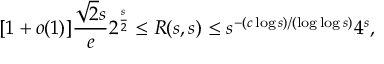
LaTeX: [ 1 + o ( 1 ) ] { \frac { { \sqrt { 2 } } s } { e } } 2 ^ { \frac { s } { 2 } } \leq R ( s , s ) \leq s ^ { - ( c \log s ) / ( \log \log s ) } 4 ^ { s } ,